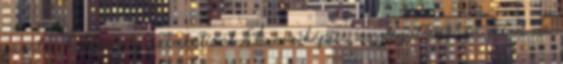
ezüstös holdkarély szimbolizál. A víz képies megfogalmazása mind az